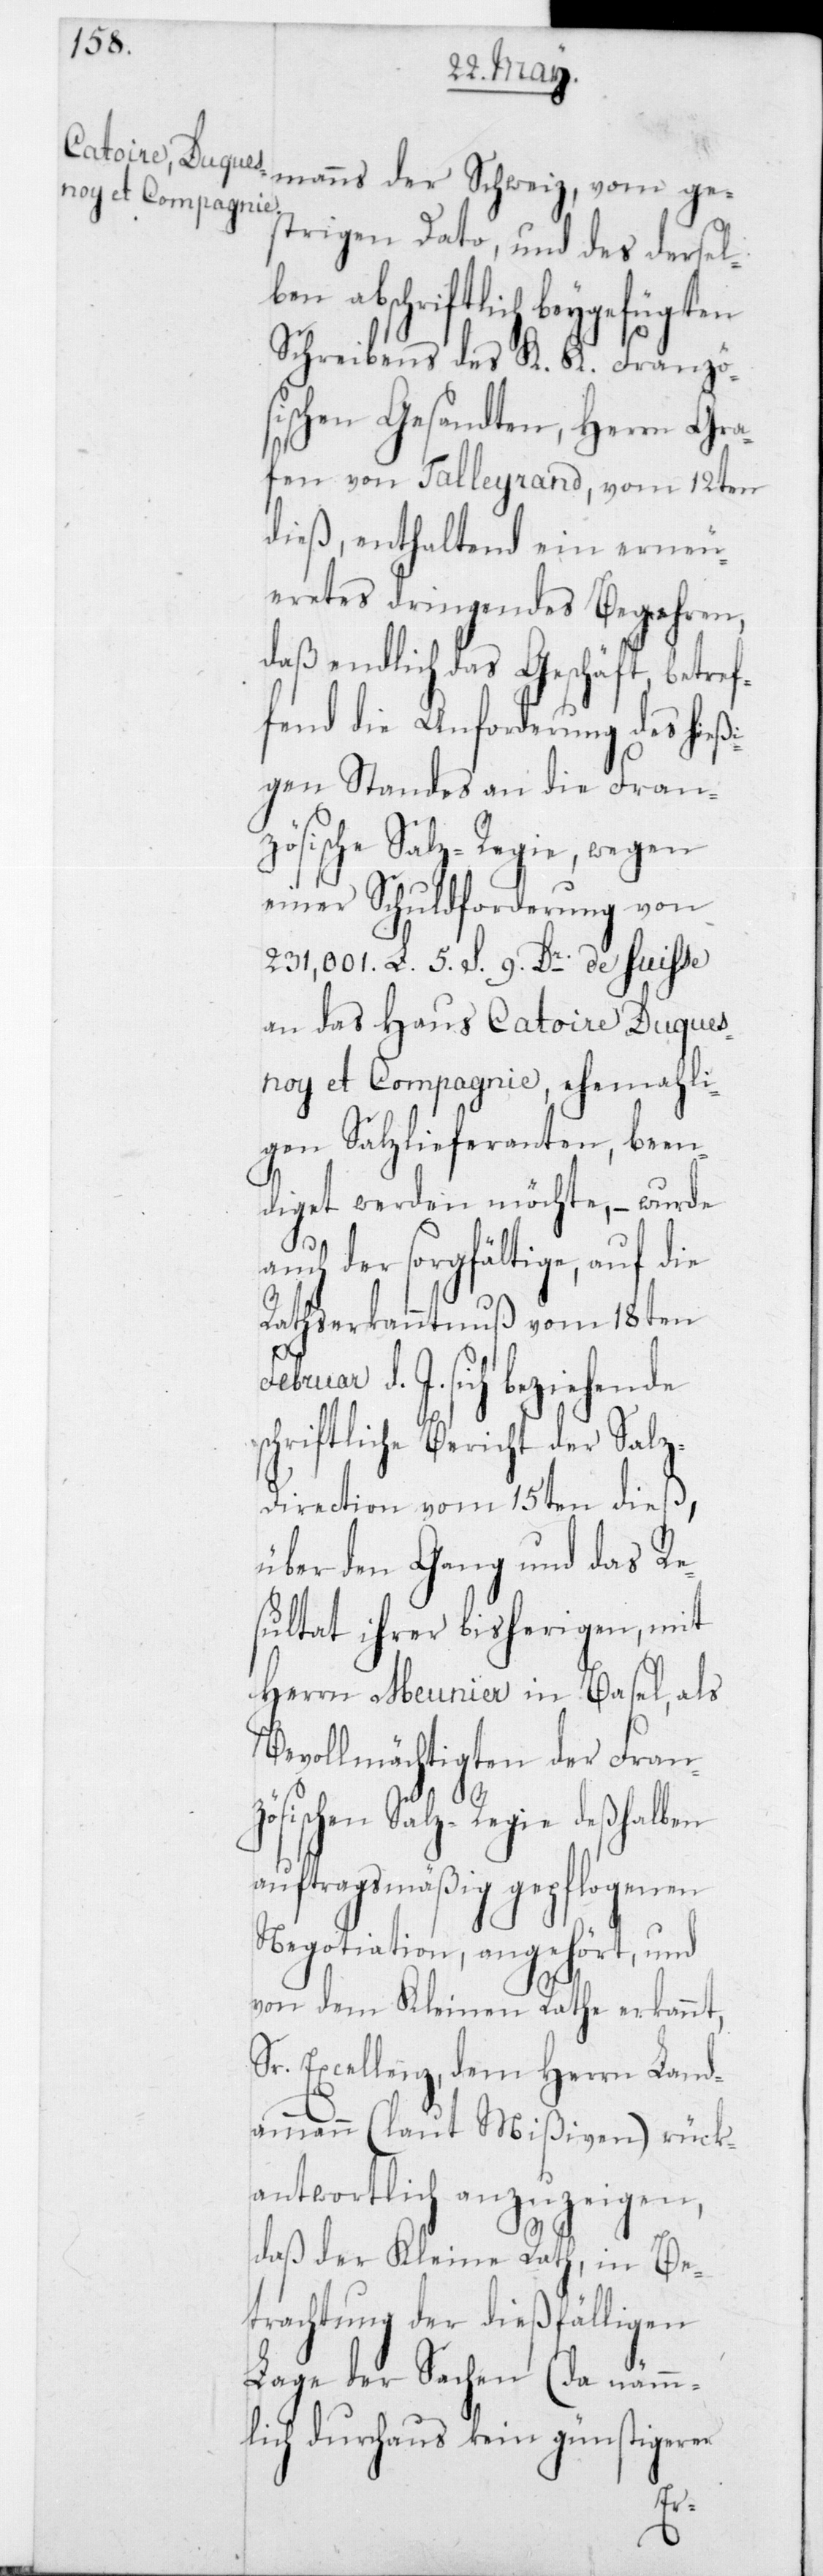
strigen Dato, und des dersel¬
ben abschriftlich beygefügten
Schreibens des K. K. Franzö¬
sischen Gesandten, Herrn Gra¬
fen von Talleyrand, vom 12ten
dieß, enthaltend ein erneu¬
eretes dringendes Begehren,
daß endlich das Geschäft, betref¬
fend die Anforderung des hieß¬
igen Standes an die Fran¬
zösische Salz-Regie, wegen
einer Schuldforderung von
231'001 L. 5 S 9 Dr de huisse
an das Haus Catoire Duques¬
noy et Compagnie, ehemahli¬
gen Salzlieferanten, been¬
diget werden möchte, – wurde
auch der sorgfältige, auf die
Rathserkanntnuß vom 18ten
d. J. sich beziehende
schriftliche Bericht der Sal¬
z-Direction vom 15ten dieß,
über den Gang und das Re¬
sultat ihrer bisherigen, mit
Herrn Meunier in Basel, als
Bevollmächtigen der Franz¬
ösischen Salz-Regie deßhalben
auftragsmäßig gepflogenen
Negotiation, angehört, und
von dem Kleinen Rathe erkannt,
Sr. Excellenz, dem Herrn Land¬
ammann (laut Mißiven) rück¬
antwortlich anzuzeigen,
daß der Kleine Rath, in Be¬
trachtung der dießfälligen
Lage der Sachen (da nämm¬
lich durchaus kein günstigerer